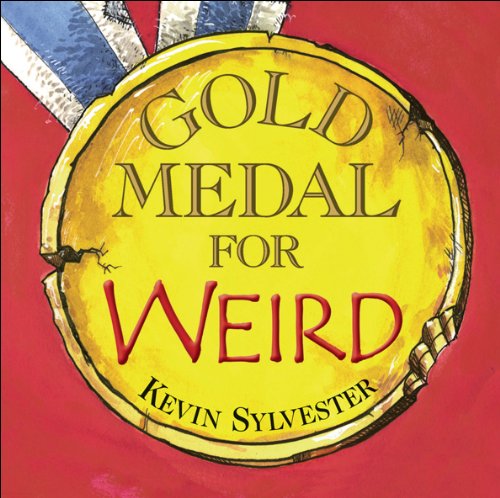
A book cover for Gold Medal for Weird; Kevin Sylvester; Children's Books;